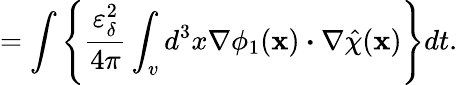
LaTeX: =\int\left\{ \frac{\varepsilon_{\delta}^{2}}{4\pi}\int_{v}d^{3}x\nabla\phi_{1}(\textbf{x})\boldsymbol{\cdot}\nabla\hat{\chi}(\textbf{x})\right\} dt.